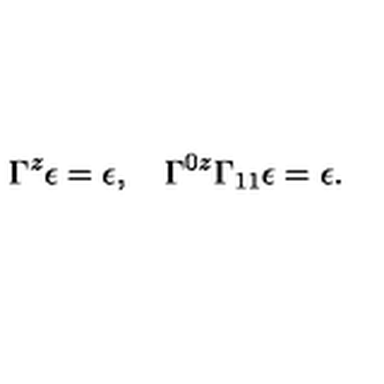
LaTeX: \Gamma ^ { z } \epsilon = \epsilon , \quad \Gamma ^ { 0 z } \Gamma _ { 1 1 } \epsilon = \epsilon .